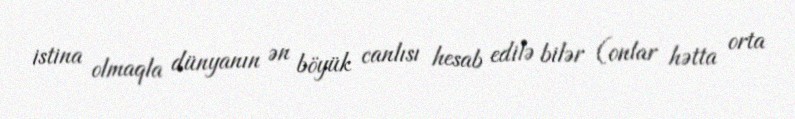
istina olmaqla dünyanın ən böyük canlısı hesab edilə bilər (onlar hətta orta